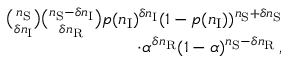
\begin{array} { r } { \binom { n _ { \mathrm { S } } } { \delta n _ { \mathrm { I } } } \binom { n _ { \mathrm { S } } - \delta n _ { \mathrm { I } } } { \delta n _ { \mathrm { R } } } p ( n _ { \mathrm { I } } ) ^ { \delta n _ { \mathrm { I } } } ( 1 - p ( n _ { \mathrm { I } } ) ) ^ { n _ { \mathrm { S } } + \delta n _ { \mathrm { S } } } } \\ { \cdot \alpha ^ { \delta n _ { \mathrm { R } } } ( 1 - \alpha ) ^ { n _ { \mathrm { S } } - \delta n _ { \mathrm { R } } } \, , } \end{array}